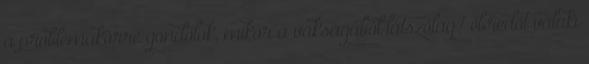
a problémakörre gondolok, mikor a vakságából látszólag? ébredőt valaki